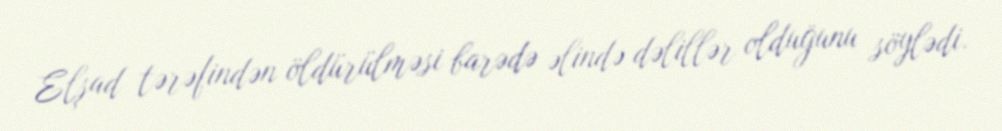
Elşad tərəfindən öldürülməsi barədə əlində dəlillər olduğunu söylədi.